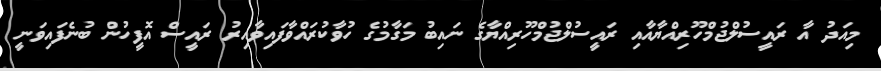
މިއަދު އާ ރައީސުލްޖުމްހޫރިއްޔާއާއި ރައީސުލްޖުމްހޫރިއްޔާގެ ނައިބު މަގާމުގެ ހުވާކުރައްވާފައިވާއިރު ރައީސް އޮފީހުން ބުނެފައިވަނީ